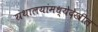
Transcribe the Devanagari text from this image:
ग्रंथालयांमध्येदेखील